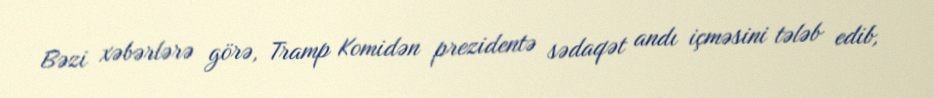
Bəzi xəbərlərə görə, Tramp Komidən prezidentə sədaqət andı içməsini tələb edib,